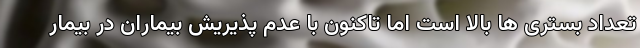
تعداد بستری ها بالا است اما تاکنون با عدم پذیریش بیماران در بیمار